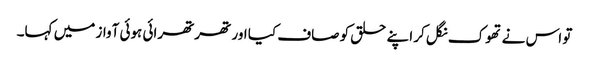
تو اس نے تھوک نگل کر اپنے حلق کو صاف کیا اور تھرتھرائی ہوئی آواز میں کہا۔